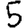
Digit: 5